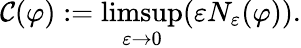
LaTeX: \mathcal{C}(\varphi):=\operatorname*{limsup}_{\varepsilon\to 0}(\varepsilon N_{\varepsilon}(\varphi)).